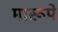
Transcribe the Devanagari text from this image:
मारूपे